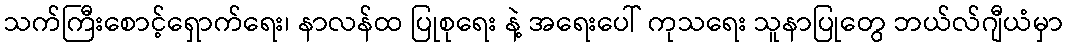
သက်ကြီးစောင့်ရှောက်ရေး၊ နာလန်ထ ပြုစုရေး နဲ့ အရေးပေါ် ကုသရေး သူနာပြုတွေ ဘယ်လ်ဂျီယံမှာ